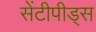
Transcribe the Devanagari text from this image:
सेंटीपीड्स